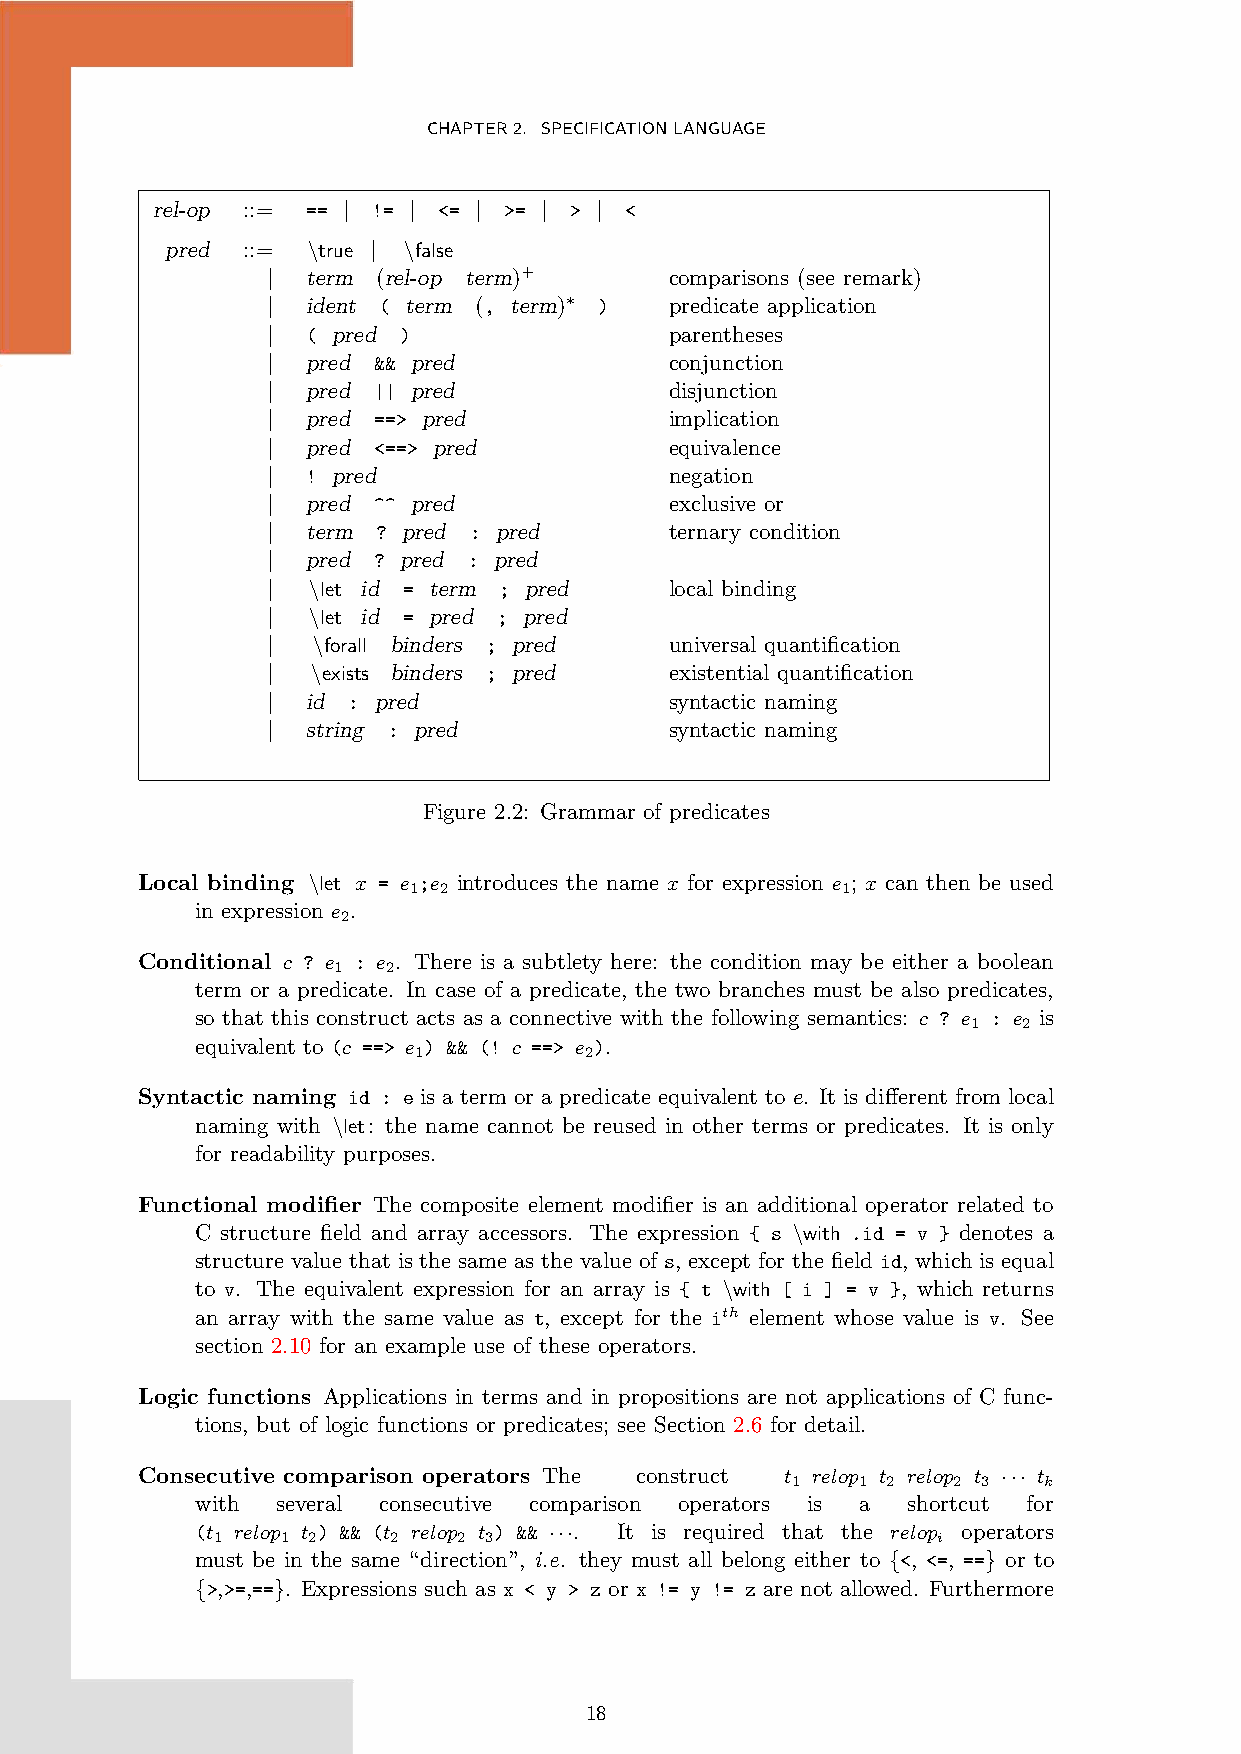
CHAPTER2. SPECIFICATIONLANGUAGE
 rel-op ::= == | != | <= | >= | > | <
 pred ::= \true | \false
 | term (rel-op term)+     comparisons (see remark)
 | ident ( term (, term)∗ ) predicate application
 | ( pred )                parentheses
 | pred && pred            conjunction
 | pred || pred            disjunction
 | pred ==> pred           implication
 | pred <==> pred          equivalence
 | ! pred                  negation
 | pred ^^ pred            exclusive or
 | term ? pred : pred      ternary condition
 | pred ? pred : pred
 | \let id = term ; pred   local binding
 | \let id = pred ; pred
 |  \forall binders ; pred universal quantification
 |  \exists binders ; pred existential quantification
 | id : pred               syntactic naming
 | string : pred           syntactic naming
 Figure 2.2: Grammar of predicates
 Local binding \let x = e ;e introduces the name x for expression e ; x can then be used
 1 2                          1
 in expression e .
 2
 Conditional c ? e : e . There is a subtlety here: the condition may be either a boolean
 1   2
 term or a predicate. In case of a predicate, the two branches must be also predicates,
 so that this construct acts as a connective with the following semantics: c ? e : e is
 1   2
 equivalent to (c ==> e ) && (! c ==> e ).
 1           2
 Syntactic naming id : e is a term or a predicate equivalent to e. It is different from local
 naming with \let: the name cannot be reused in other terms or predicates. It is only
 for readability purposes.
 Functional modifier The composite element modifier is an additional operator related to
 C structure field and array accessors. The expression { s \with .id = v } denotes a
 structure value that is the same as the value of s, except for the field id, which is equal
 to v. The equivalent expression for an array is { t \with [ i ] = v }, which returns
 an array with the same value as t, except for the ith element whose value is v. See
 section 2.10 for an example use of these operators.
 Logic functions Applications in terms and in propositions are not applications of C func-
 tions, but of logic functions or predicates; see Section 2.6 for detail.
 Consecutive comparison operators The construct t relop t relop t ··· t
 1    1 2   2 3   k
 with several consecutive comparison operators is a shortcut for
 (t relop t ) && (t relop t ) && ···. It is required that the relop operators
 1    1 2    2   2 3                             i
 must be in the same “direction”, i.e. they must all belong either to {<, <=, ==} or to
 {>,>=,==}. Expressions such as x < y > z or x != y != z are not allowed. Furthermore
 18